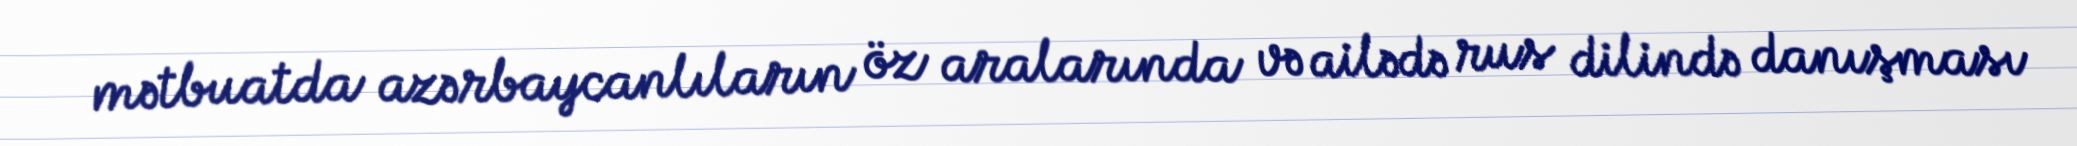
mətbuatda azərbaycanlıların öz aralarında və ailədə rus dilində danışması